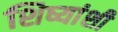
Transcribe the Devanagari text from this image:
शिष्यांशी